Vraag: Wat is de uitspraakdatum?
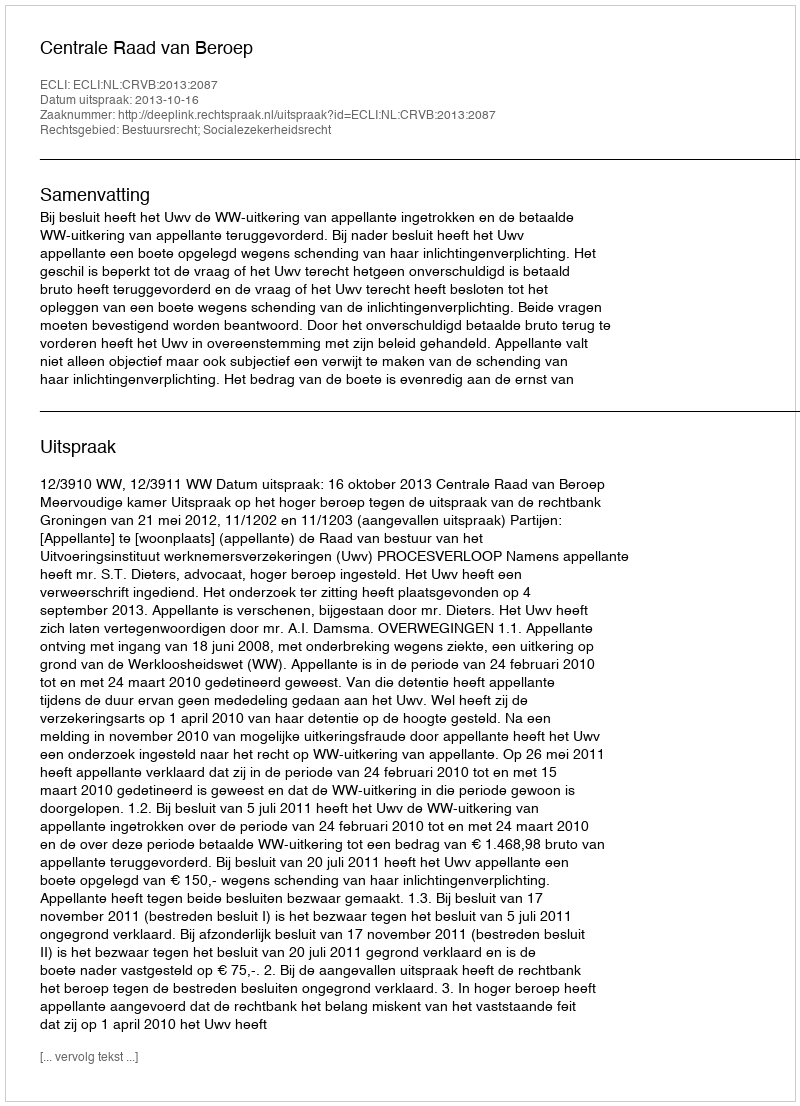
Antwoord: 2013-10-16